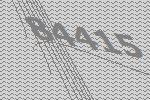
84415